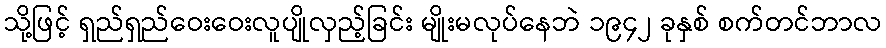
သို့ဖြင့် ရှည်ရှည်ဝေးဝေးလူပျိုလှည့်ခြင်း မျိုးမလုပ်နေဘဲ ၁၉၄၂ ခုနှစ် စက်တင်ဘာလ